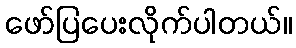
ဖော်ပြပေးလိုက်ပါတယ်။